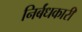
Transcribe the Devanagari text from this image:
निर्बंधकारी